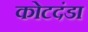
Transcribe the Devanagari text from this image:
कोटदंडा